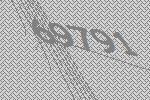
69791